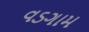
વડગામ